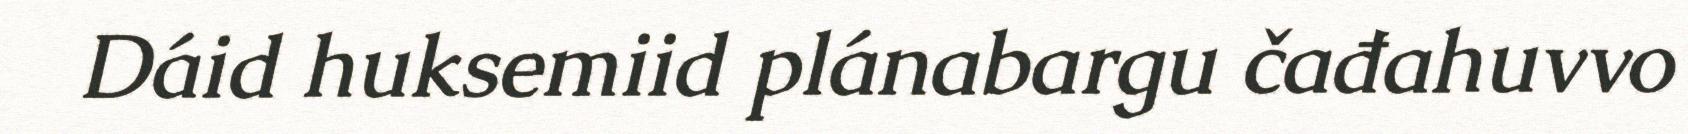
Dáid huksemiid plánabargu čađahuvvo